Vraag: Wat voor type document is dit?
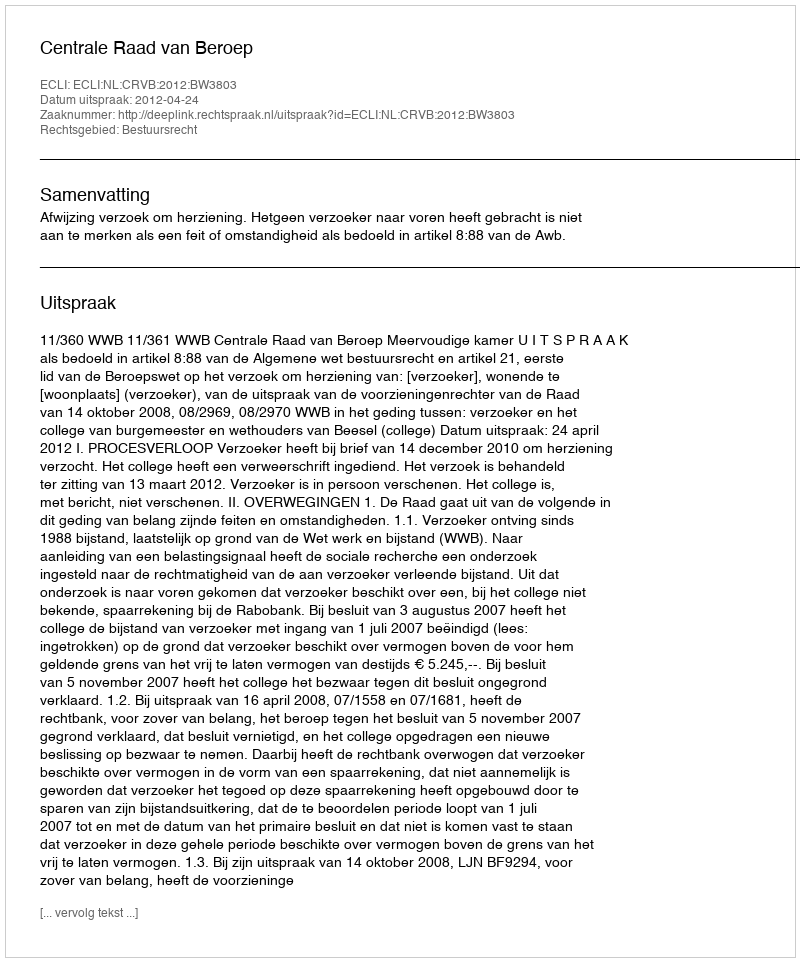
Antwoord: Uitspraak